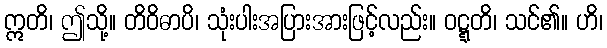
ဣတိ၊ ဤသို့။ တိဝိဓာပိ၊ သုံးပါးအပြားအားဖြင့်လည်း။ ဝဋ္ဋတိ၊ သင်၏။ ဟိ၊